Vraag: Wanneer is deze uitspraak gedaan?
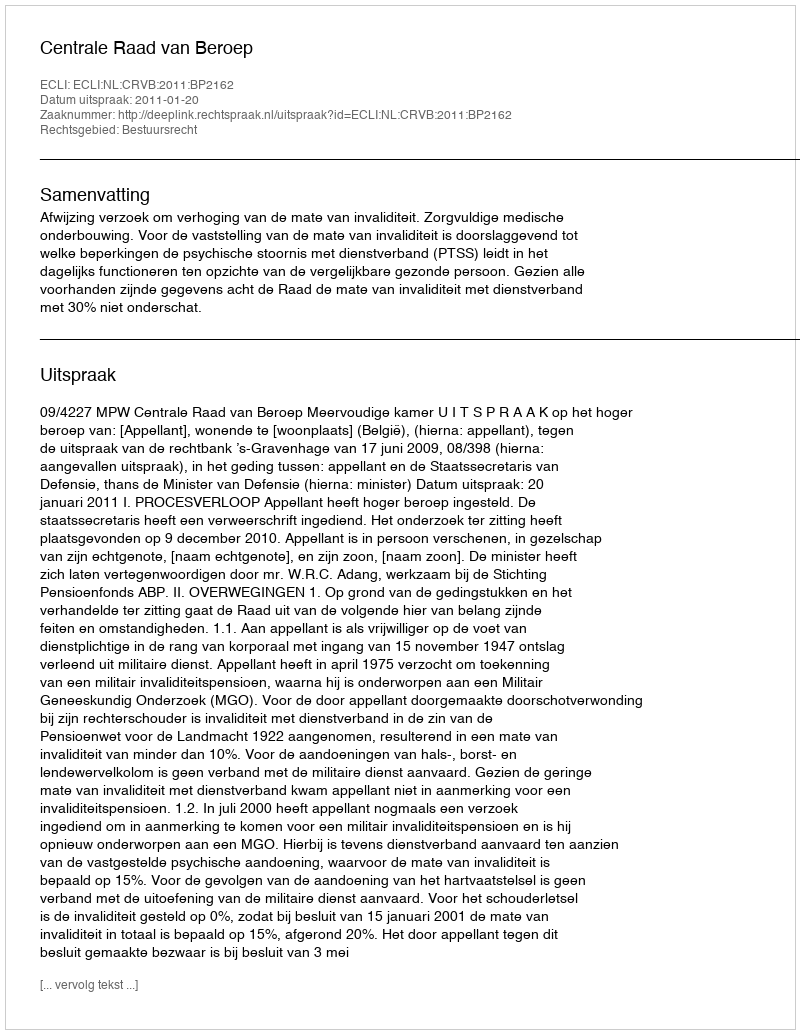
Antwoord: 2011-01-20